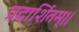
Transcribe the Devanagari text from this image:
प्रदार्शितम्।।